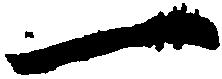
一